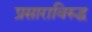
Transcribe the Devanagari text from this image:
प्रसाराविरुद्ध